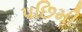
પછિમી